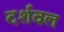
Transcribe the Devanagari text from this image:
दर्शवल